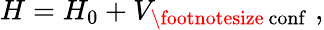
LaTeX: H=H_{0}+V_{\mathrm{\footnotesize~conf}}\; ,